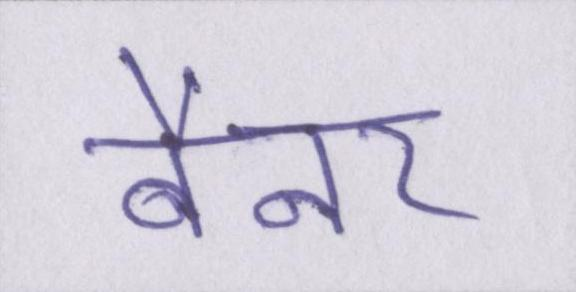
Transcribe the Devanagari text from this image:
बैनर